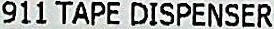
911 TAPE DISPENSER